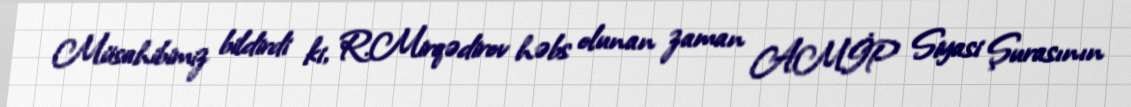
Müsahibimiz bildirdi ki, R.Mirqədirov həbs olunan zaman AMİP Siyasi Şurasının